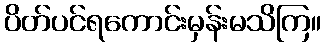
ပိတ်ပင်ရကောင်းမှန်းမသိကြ။